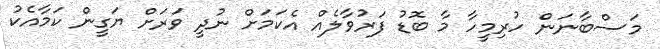
މަސްބާނަން ހުރިމީހާ މާ ބޮޑު ފަރުވާލެއް އެކަމަށް ނުދީ ވަރަށް ޔަގީން ކަމާއެކު